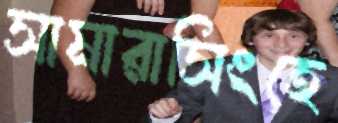
সামারাসিংহে